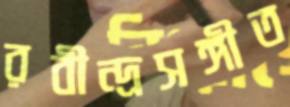
রবীন্দ্রসঙ্গীত